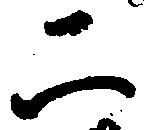
二